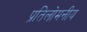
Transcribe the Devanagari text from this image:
प्रतिलोमनीय